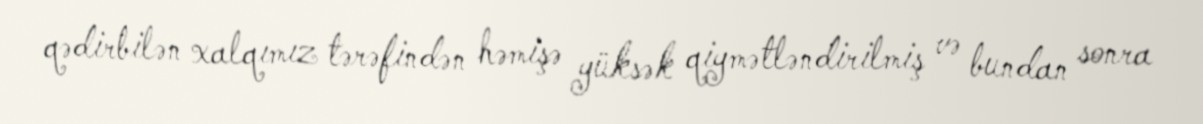
qədirbilən xalqımız tərəfindən həmişə yüksək qiymətləndirilmiş və bundan sonra